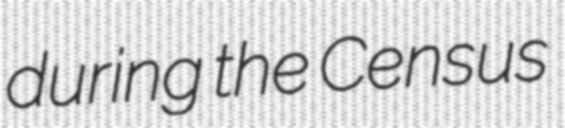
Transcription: during the Census